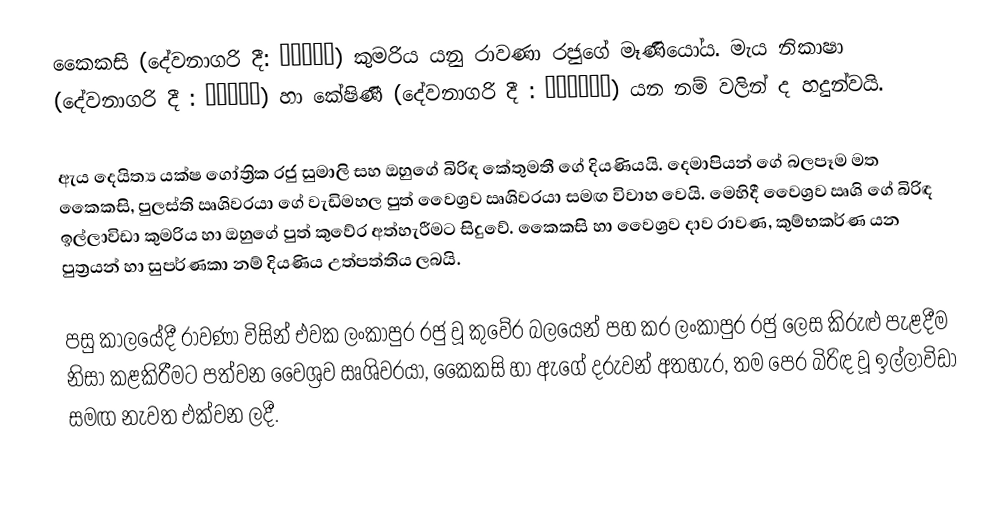
කෛකසි  (දේවනාගරි දී: कैकसी) කුමරිය යනු රාවණා රජුගේ මෑණියෝය. මැය නිකාෂා (දේවනාගරි දී : निकषा) හා කේෂිණී (දේවනාගරි දී : केशिनी) යන නම් වලින් ද හදුන්වයි.

ඇය දෙයිත්‍ය යක්ෂ ගෝත්‍රික රජු සුමාලි සහ ඔහුගේ බිරිඳ කේතුමතී ගේ දියණියයි. දෙමාපියන් ගේ බලපෑම මත කෛකසි, පුලස්ති ඍශිවරයා ගේ වැඩිමහල පුත් වෛශ්‍රව ඍශිවරයා සමඟ විවාහ වෙයි. මෙහිදී වෛශ්‍රව ඍශි ගේ බිරිඳ ඉල්ලාවිඩා කුමරිය හා ඔහුගේ පුත් කුවේර අත්හැරීමට සිදුවේ. කෛකසි හා වෛශ්‍රව දාව රාවණ, කුම්භකර්ණ යන පුත්‍රයන් හා සුපර්ණකා නම් දියණිය උත්පත්තිය ලබයි.

පසු කාලයේදී රාවණා විසින් එවක ලංකාපුර රජු වූ කුවේර බලයෙන් පහ කර ලංකාපුර රජු ලෙස කිරුළු පැළදීම නිසා කළකිරීමට පත්වන වෛශ්‍රව ඍශිවරයා, කෛකසි හා ඇගේ දරුවන් අතහැර, තම පෙර බිරිඳ වූ ඉල්ලාවිඩා සමඟ නැවත එක්වන ලදී.